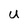
Character: u